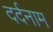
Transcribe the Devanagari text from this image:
दर्दनाम